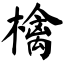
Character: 檎